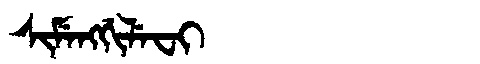
Manchu: ᠰᡳᠮᡝᠩᡤᡳᠯᡝᠸᡳ
Romanization: SIMENGGILEFI